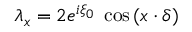
\lambda _ { x } = 2 e ^ { i \xi _ { 0 } } \; \cos { ( x \cdot \delta ) }